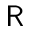
\textsf { R }